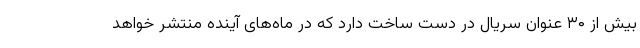
بیش از ۳۰ عنوان سریال در دست ساخت دارد که در ماه‌های آینده منتشر خواهد